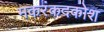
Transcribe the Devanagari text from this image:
मकरंकदकोश